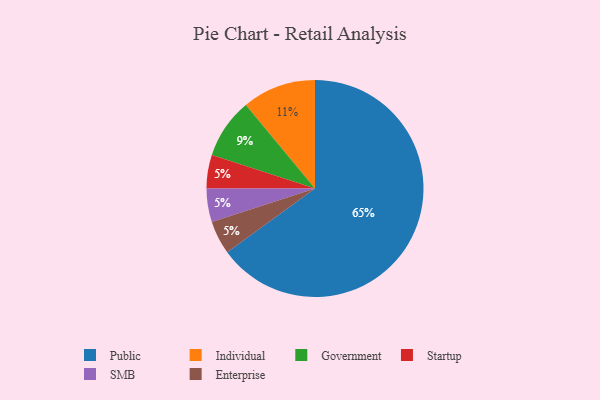
{"axis": {"x": "Category", "y": "Percentage"}, "legend": ["Enterprise", "Government", "Individual", "Public", "SMB", "Startup"], "data": [{"x": "Individual", "y": 11, "type": "Individual"}, {"x": "Startup", "y": 5, "type": "Startup"}, {"x": "SMB", "y": 5, "type": "SMB"}, {"x": "Public", "y": 65, "type": "Public"}, {"x": "Government", "y": 9, "type": "Government"}, {"x": "Enterprise", "y": 5, "type": "Enterprise"}]}